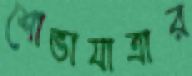
শোভাযাত্রার